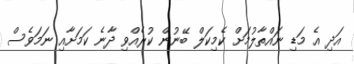
އަދި އެ މަޑި ނައްތާލުމަށް ކެމިކަލް ބޭނުން ކުރެއްވި ދާނެ ކަމަށާއި ނަމަވެސް